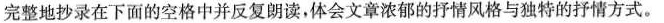
完整地抄录在下面的空格中并反复朗读，体会文章浓郁的抒情风格与独特的抒情方式。